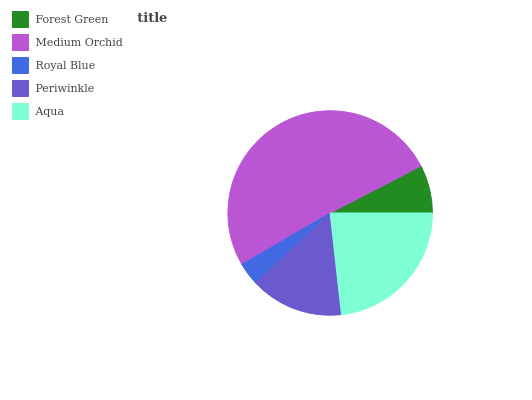
| Forest Green | Medium Orchid | Royal Blue | Periwinkle | Aqua |
 | --- | --- | --- | --- | --- |
 | 7.59% | 50.8% | 3.65% | 14.7% | 23.2% |